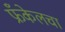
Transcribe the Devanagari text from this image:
फ्रँकेलचा